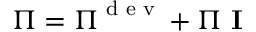
\boldsymbol \Pi = \boldsymbol \Pi ^ { \textrm { d e v } } + \Pi \ \mathbf I